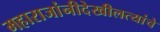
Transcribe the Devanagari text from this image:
महाराजांनीदेखीलत्यांचे